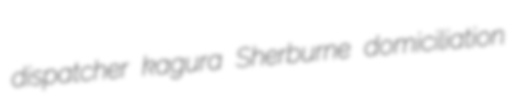
dispatcher kagura Sherburne domiciliation